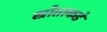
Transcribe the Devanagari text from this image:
स्रोताकडे